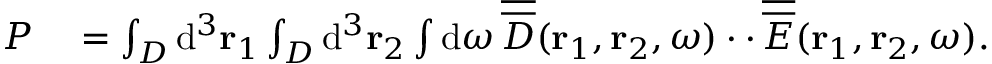
\begin{array} { r l } { P } & { { } = \int _ { \cal D } \mathrm { d } ^ { 3 } { \bf r } _ { 1 } \int _ { \cal D } \mathrm { d } ^ { 3 } { \bf r } _ { 2 } \int \mathrm { d } \omega \, \overline { { \overline { { D } } } } ( { \bf r } _ { 1 } , { \bf r } _ { 2 } , \omega ) \cdot \cdot \, \overline { { \overline { { E } } } } ( { \bf r } _ { 1 } , { \bf r } _ { 2 } , \omega ) . } \end{array}